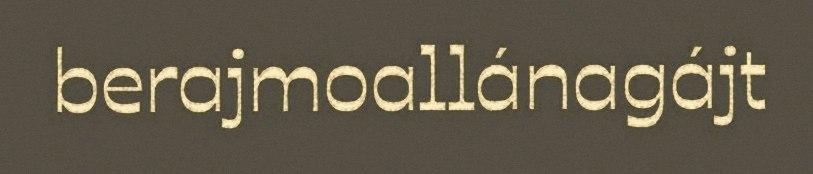
berajmoallánagájt